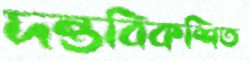
দন্তবিকশিত